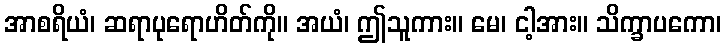
အာစရိယံ၊ ဆရာပုရောဟိတ်ကို။ အယံ၊ ဤသူကား။ မေ၊ ငါ့အား။ သိက္ခာပကော၊